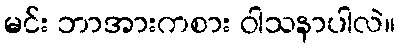
မင်း ဘာအားကစား ဝါသနာပါလဲ။